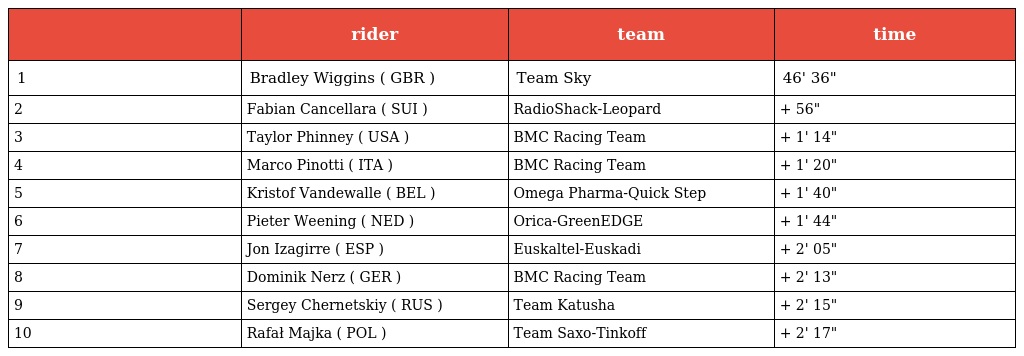
|  | rider | team | time |
 | --- | --- | --- | --- |
 | 1 | Bradley Wiggins ( GBR ) | Team Sky | 46' 36" |
 | 2 | Fabian Cancellara ( SUI ) | RadioShack-Leopard | + 56" |
 | 3 | Taylor Phinney ( USA ) | BMC Racing Team | + 1' 14" |
 | 4 | Marco Pinotti ( ITA ) | BMC Racing Team | + 1' 20" |
 | 5 | Kristof Vandewalle ( BEL ) | Omega Pharma-Quick Step | + 1' 40" |
 | 6 | Pieter Weening ( NED ) | Orica-GreenEDGE | + 1' 44" |
 | 7 | Jon Izagirre ( ESP ) | Euskaltel-Euskadi | + 2' 05" |
 | 8 | Dominik Nerz ( GER ) | BMC Racing Team | + 2' 13" |
 | 9 | Sergey Chernetskiy ( RUS ) | Team Katusha | + 2' 15" |
 | 10 | Rafał Majka ( POL ) | Team Saxo-Tinkoff | + 2' 17" |